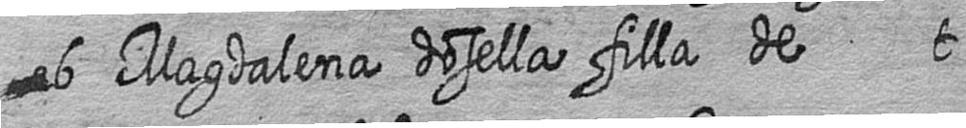
ab Magdalena dosella filla de t